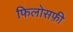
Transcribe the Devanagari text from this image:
फिलोसफ़ी